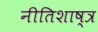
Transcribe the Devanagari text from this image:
नीतिशाष्त्र